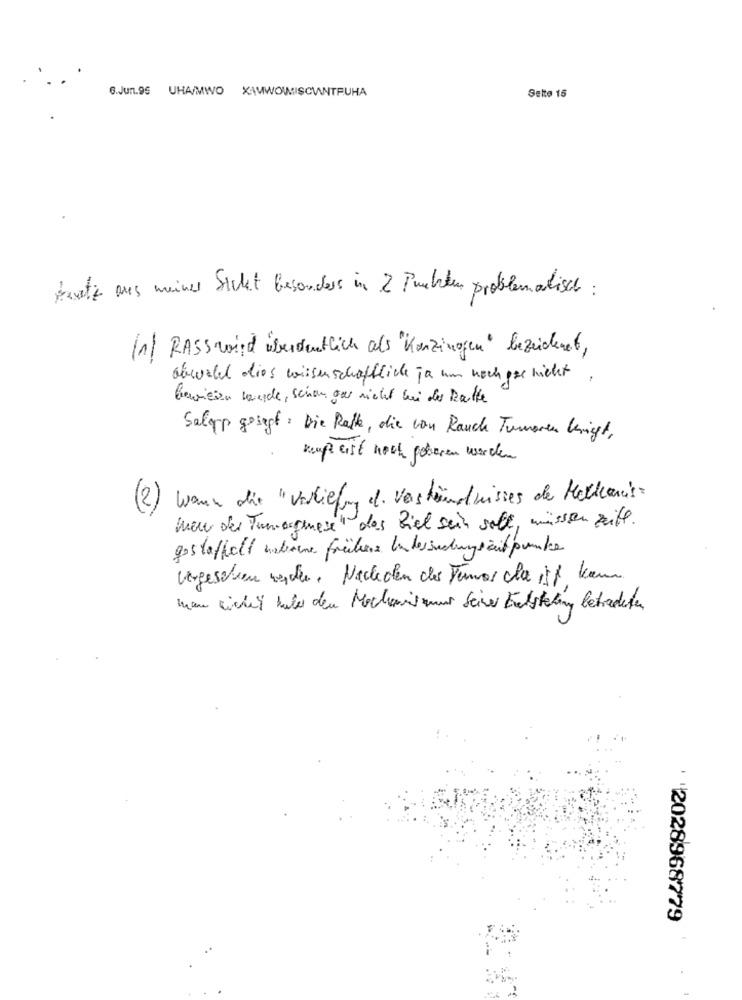
6.Jun.95 UHA/MWO XAMWOWMISCWANTFUHA
Selte 15
trotz aus meiner Sicht besonders in 2 Punkten problematisch :
(1) RASSwird überdeutlich als "Kunzinogen" bezeichnet,
abwahl dies wissenschaftliche ja um noch gar nicht ,
Gerviein kande, schen gar nicht bei der Rate
Salopp gesagt : Die Raft, die von Rauch Tumoren knight,
kaup eist noch poteren werden
Wenn die "verliefen d. Verständnisses de Matheus.
(2)
Men der Tunergeese" das Ziel sein soll, müssen zeit.
gestaffelt nebere frühere In dersuchegreit pumbe
vergesehen woche. Nachden der Tener che if kann
men eicher biber den Mechanismus Seiner Entstehung betrachten
2028968779